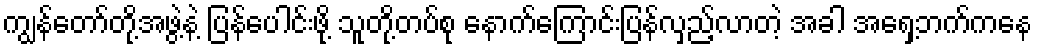
ကျွန်တော်တို့အဖွဲ့နဲ့ ပြန်ပေါင်းဖို့ သူတို့တပ်စု နောက်ကြောင်းပြန်လှည့်လာတဲ့ အခါ အရှေ့ဘက်ကနေ